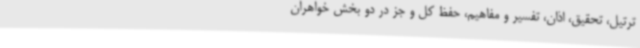
ترتیل، تحقیق، اذان، تفسیر و مفاهیم، حفظ کل و جز در دو بخش خواهران